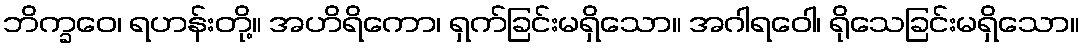
ဘိက္ခဝေ၊ ရဟန်းတို့။ အဟိရိကော၊ ရှက်ခြင်းမရှိသော။ အဂါရဝေါ၊ ရိုသေခြင်းမရှိသော။